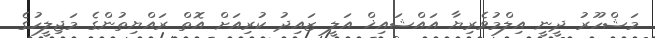
މަޝްހޫރު ދީނީ އިލްމުވެރިޔާ އައްޝައިޚް އަލީ ޒައިދު ކުރިއަށް އޮތް ރައްޔިތުންގެ މަޖިލީހުގެ